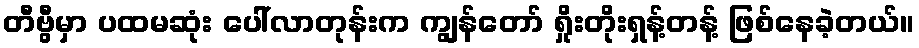
တီဗွီမှာ ပထမဆုံး ပေါ်လာတုန်းက ကျွန်တော် ရှိုးတိုးရှန့်တန့် ဖြစ်နေခဲ့တယ်။